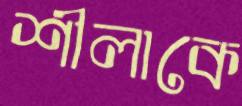
শীলাকে